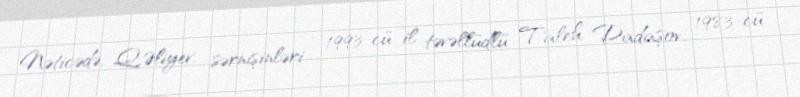
Nəticədə, Q.Əliyev, sərnişinləri - 1993-cü il təvəllüdlü Taleh Dadaşov, 1983-cü